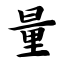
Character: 量